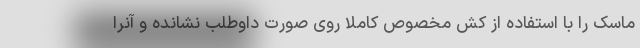
ماسک را با استفاده از کش مخصوص کاملا روی صورت داوطلب نشانده و آنرا